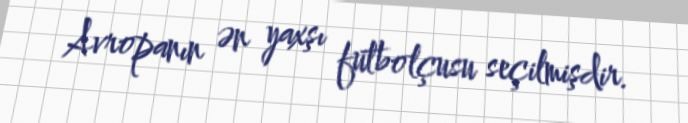
Avropanın ən yaxşı futbolçusu seçilmişdir.